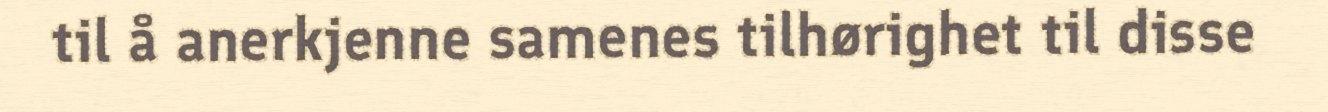
til å anerkjenne samenes tilhørighet til disse